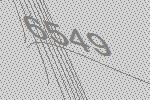
6549